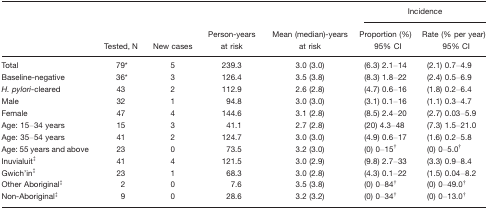
|  |  |  |  |  | <COLSPAN=2> Incidence |
 |  | Tested, N | New cases | Person-years at risk | Mean (median)-years at risk | Proportion (%) 95% CI | Rate (% per year) 95% CI |
 | --- | --- | --- | --- | --- | --- | --- |
 | Total | 79* | 5 | 239.3 | 3.0 (3.0) | (6.3) 2.1–14 | (2.1) 0.7–4.9 |
 | Baseline-negative | 36* | 3 | 126.4 | 3.5 (3.8) | (8.3) 1.8–22 | (2.4) 0.5–6.9 |
 | H. pylori-cleared | 43 | 2 | 112.9 | 2.6 (2.8) | (4.7) 0.6–16 | (1.8) 0.2–6.4 |
 | Male | 32 | 1 | 94.8 | 3.0 (3.0) | (3.1) 0.1–16 | (1.1) 0.3–4.7 |
 | Female | 47 | 4 | 144.6 | 3.1 (2.8) | (8.5) 2.4–20 | (2.7) 0.03–5.9 |
 | Age: 15–34 years | 15 | 3 | 41.1 | 2.7 (2.8) | (20) 4.3–48 | (7.3) 1.5–21.0 |
 | Age: 35–54 years | 41 | 2 | 124.7 | 3.0 (3.0) | (4.9) 0.6–17 | (1.6) 0.2–5.8 |
 | Age: 55 years and above | 23 | 0 | 73.5 | 3.2 (3.0) | (0) 0–15† | (0) 0–5.0† |
 | Inuvialuit‡ | 41 | 4 | 121.5 | 3.0 (2.9) | (9.8) 2.7–33 | (3.3) 0.9–8.4 |
 | Gwich'in‡ | 23 | 1 | 68.3 | 3.0 (2.8) | (4.3) 0.1–22 | (1.5) 0.04–8.2 |
 | Other Aboriginal‡ | 2 | 0 | 7.6 | 3.5 (3.8) | (0) 0–84† | (0) 0–49.0† |
 | Non-Aboriginal‡ | 9 | 0 | 28.6 | 3.2 (3.2) | (0) 0–34† | (0) 0–13.0† |